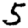
Digit: 5